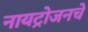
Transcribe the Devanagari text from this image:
नायट्रोजनचे